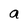
Character: a